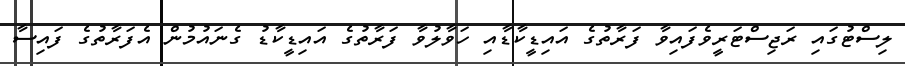
ލިސްޓުގައި ރަޖިސްޓަރީވެފައިވާ ފަރާތުގެ އައިޑީކާޑާއި ހަވާލުވާ ފަރާތުގެ އައިޑީކާޑު ގެނައުމުން އެފަރާތުގެ ފައިސާ